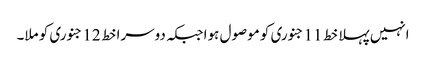
انہیں پہلا خط 11 جنوری کو موصول ہوا جبکہ دوسرا خط 12 جنوری کو ملا۔